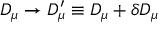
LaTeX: D _ { \mu } \rightarrow D _ { \mu } ^ { \prime } \equiv D _ { \mu } + \delta D _ { \mu }